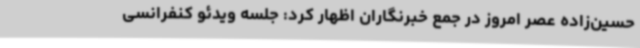
حسین‌زاده عصر امروز در جمع خبرنگاران اظهار کرد: جلسه ویدئو کنفرانسی